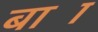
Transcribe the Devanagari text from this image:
बाज्र